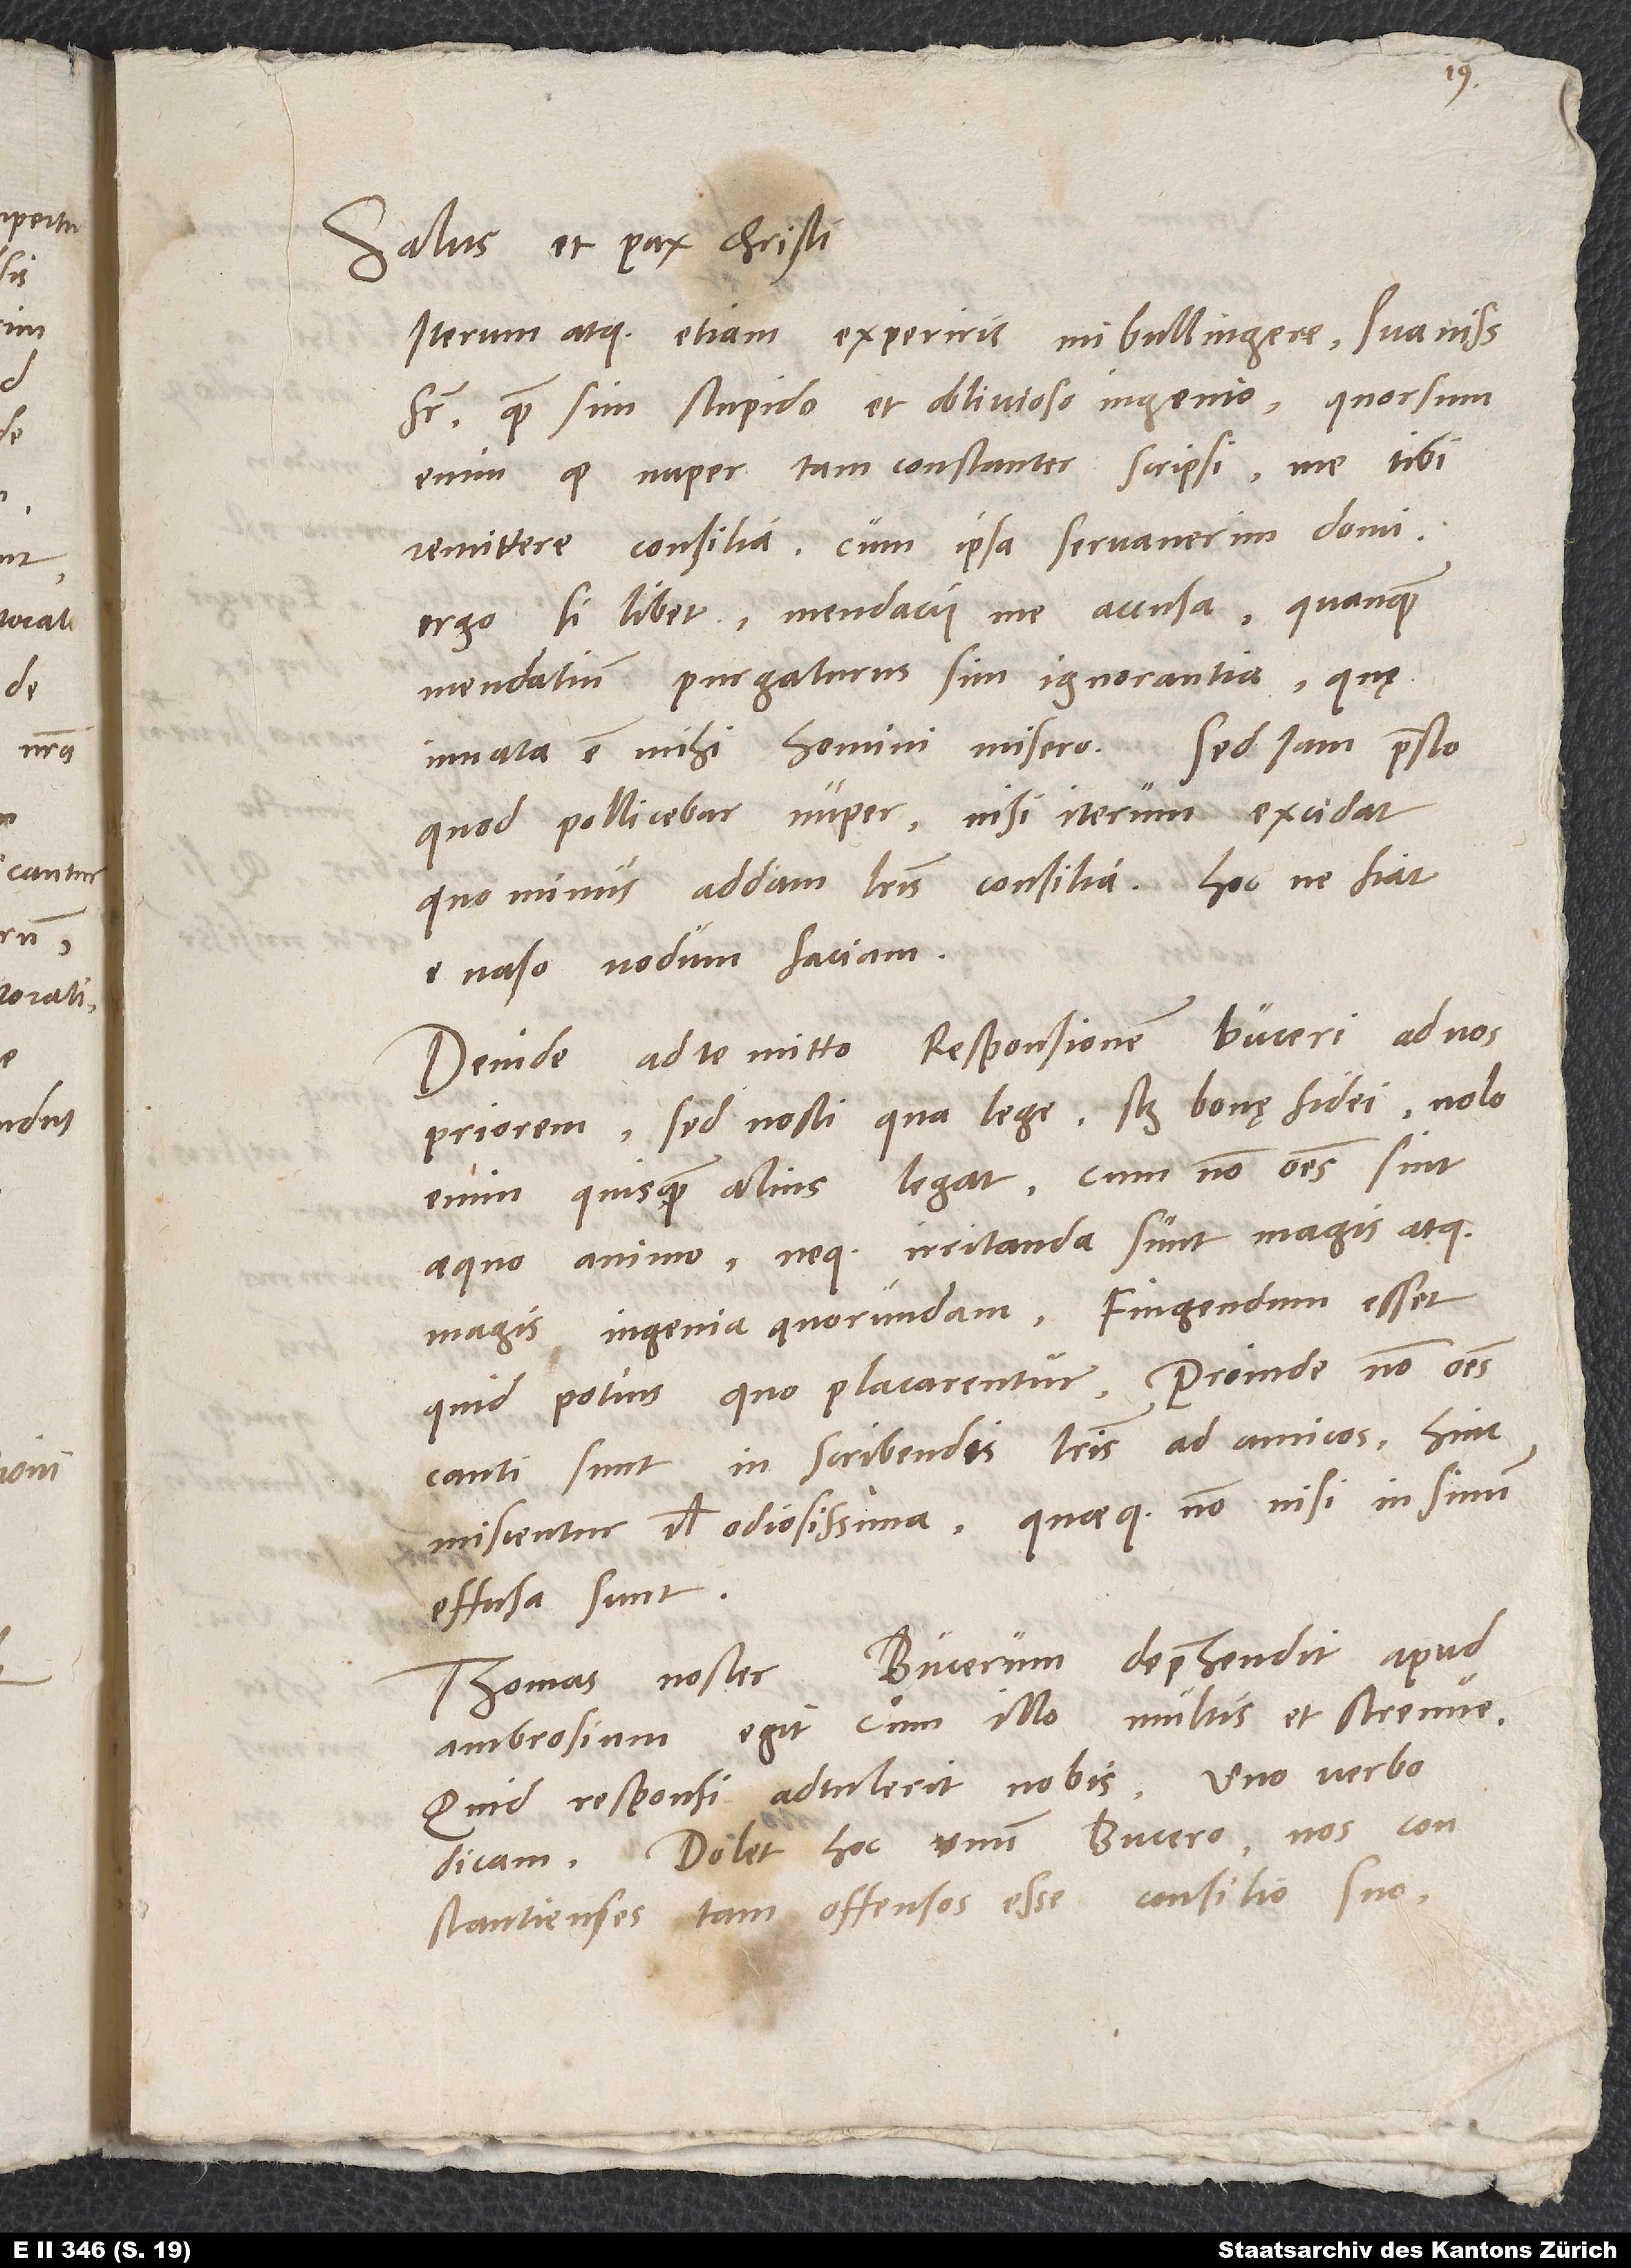
Salus et pax Christi.
Iterum atque etiam experiris, mi Bullingere, suavissime
frater, quam sim stupido et oblivioso ingenio: quorsum
enim, quod nuper tam constanter scripsi me tibi
remittere consilia, cum ipsa servaverim domi?
Ergo si tibet, mendacii me accusa, quanquam
mendatium purgaturus sim ignorantia, quę
innata est mihi homini misero. Sed iam praesto,
quod pollicebar nuper, nisi iterum excidat,
quominus addam literis consilia. Hoc ne fiat,
e naso nodum faciam.
Deinde ad te mitto responsionem Buceri ad nos
priorem, sed nosti, qua lege, scilicet bonę fidei. Nob
enim, quisquam alius legat, cum non omnes sint
aequo animo neque irritanda sunt magis atque
magis ingenia quorundam. Fingendum esset
quid potius, quo placarentur. Proinde non omnes
cauti sunt in scribendis literis ad amicos. Hinc
miscentur vel odiosissima, quaeque non nisi in sinum
effusa sunt.
Thomas noster Bucerum deprehendit apud
Ambrosium. Egit cum illo multis et strenue.
Quid responsi adtulerit nobis, uno verbo
dicam: Dolet hoc unum Bucero nos
Constantienses tam offensos esse consilio suo.